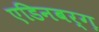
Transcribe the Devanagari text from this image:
एडिनबर्ग़